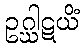
ဥဂ္ဃါဋယိံ